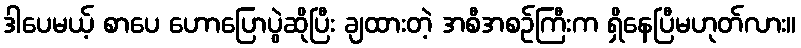
ဒါပေမယ့် စာပေ ဟောပြောပွဲဆိုပြီး ချထားတဲ့ အစီအစဉ်ကြီးက ရှိနေပြီမဟုတ်လား။